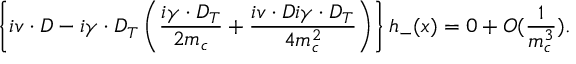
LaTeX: \left\{ i v \cdot D - i \gamma \cdot D _ { T } \left( \frac { i \gamma \cdot D _ { T } } { 2 m _ { c } } + \frac { i v \cdot D i \gamma \cdot D _ { T } } { 4 m _ { c } ^ { 2 } } \right) \right\} h _ { - } ( x ) = 0 + { \cal O } ( \frac { 1 } { m _ { c } ^ { 3 } } ) .